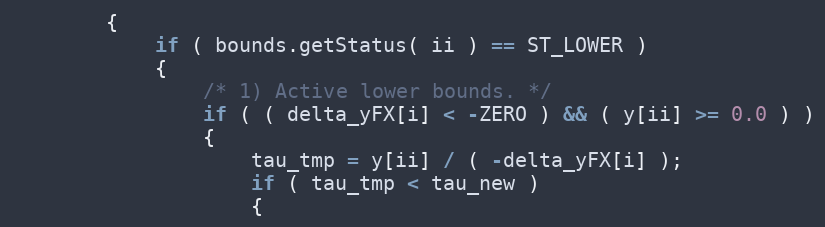
Language: C++
		{
			if ( bounds.getStatus( ii ) == ST_LOWER )
			{
				/* 1) Active lower bounds. */
				if ( ( delta_yFX[i] < -ZERO ) && ( y[ii] >= 0.0 ) )
				{
					tau_tmp = y[ii] / ( -delta_yFX[i] );
					if ( tau_tmp < tau_new )
					{